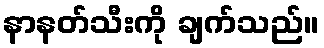
နာနတ်သီးကို ချက်သည်။